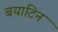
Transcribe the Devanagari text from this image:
बयाटिन